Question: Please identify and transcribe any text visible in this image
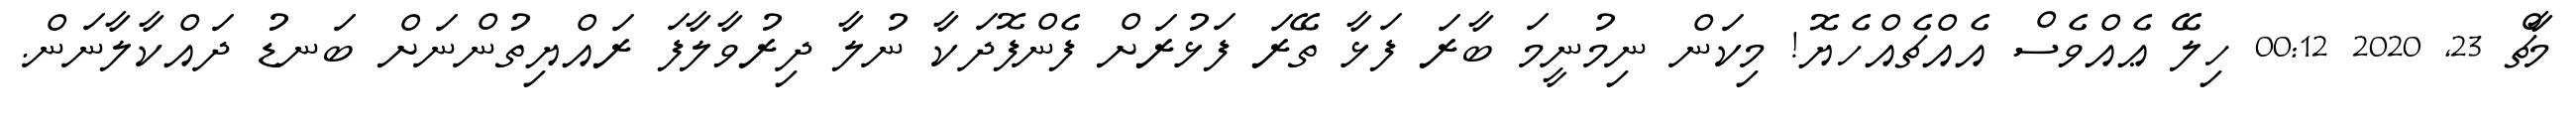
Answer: މާޗް 23, 2020 00:12 ހިލޭ ޢެއްވެސް އެއްޗެއްހެޔޮ! މިކަން ނިމުނީމަ ބާރަ ފަޅާ ތޭރަ ފަޅުރަށް ފެންފޮދަކާ ނުލާ ދިރުވާލާފަ ރައްޔިތުންނަށް ބަނޑު ދައްކާލާނަން.